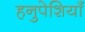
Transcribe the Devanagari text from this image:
हनुपेशियाँ